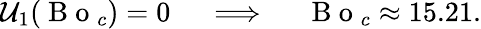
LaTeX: \mathcal{U}_{1}(\mathrm{~B~o~}_{c})=0\quad\implies\quad\mathrm{~B~o~}_{c}\approx 15.21.